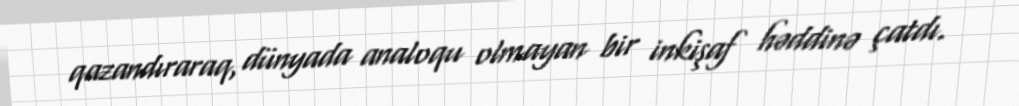
qazandıraraq, dünyada analoqu olmayan bir inkişaf həddinə çatdı.